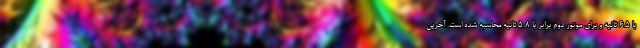
با 6.5 ثانیه و برای موتور دوم برابر با 5.8 ثانیه محاسبه شده است. آخرین